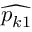
\widehat { p _ { k 1 } }